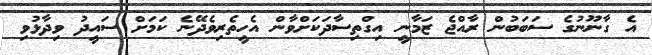
އެ ގާނޫނުގެ ސަބަބުން ރާއްޖެ ޒަމާނީ އިގްތިސާދަކަށްވާން އެހީތެރިވެދޭނެ ކަމަށް ސައީދު ވިދާޅުވި